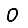
Digit: 0